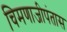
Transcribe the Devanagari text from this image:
चिमणाजीपंतास